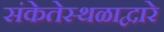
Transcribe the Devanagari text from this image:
संकेतेस्थळाद्वारे